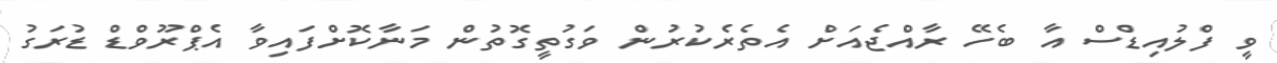
ވީ ފްލުއިޑްސް އާ ބެހޭ ރާއްޖެއަށް އެތެރެކުރުން ވަގުތީގޮތުން މަނާކޮށްފައިވާ އެޕްރޫވްޑް ޑުރަގު